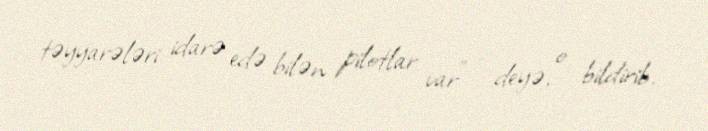
təyyarələri idarə edə bilən pilotlar var” - deyə, o bildirib.